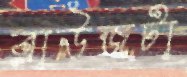
ব্লাউজটা